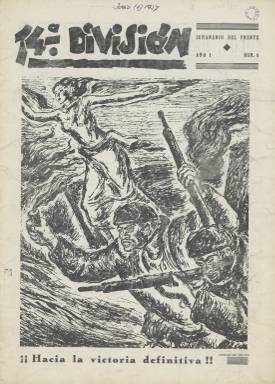
Título: 14ª División
Otros títulos: Decimocuarta División || 14 División
Colección: Guerra civil
Ámbito geográfico: Madrid
Lugar de publicación: Madrid
Fechas: 01/01/1937-31/12/1937

Esta publicación de guerra llevaba por subtítulo el de Semanario del frente y comenzó a publicarse en abril de 1937, cuando ya transcurrían nueve meses desde el estallido de la Guerra Civil. Es el periódico portavoz de una nueva división del Ejército Popular de la República fruto de una reestructuración, aunque sus componentes ya eran combatientes curtidos.

 El jefe de la 14ª División era Cipriano Mera, albañil anarcosindicalista que había mandado una columna desde el inicio de la guerra que se trasformaría luego en la 14ª División. Esta unidad militar participaría en la defensa de Madrid y en la batalla de Guadalajara, entre otras acciones. Al finalizar la contienda Mera se enfrentó a los comunistas antes de la entrada en Madrid de las tropas de Franco.

   En la publicación hay constantes llamadas a la unidad de todos frente al enemigo fascista por parte de los comisarios del Partido Comunista, conscientes de que el jefe de la División era de ideología anarquista. En el número 8 se puede leer un poema dedicado a Cipriano Mera debajo de una alocución del comisario político.

   La Biblioteca Nacional posee de esta publicación el citado número 8 y los números 21 y 26, que se editaron ya en 1938. La periodicidad era irregular y las entregas no llegaban a las 20 páginas. Se supone que dejó de editarse a finales de ese año o principios del siguiente, cuando ya la guerra estaba decidida en favor de las tropas nacionales.

   Como es natural en estas publicaciones de unidades militares durante la guerra su contenido se centraba en artículos para reforzar la moral de combate, otros de adiestramiento con las armas, reportajes didácticos destinados a la educación de los soldados e informaciones sobre el transcurso de la guerra, incluyendo noticias de alcance internacional.

   Más que las fotografías, la nota más destacada desde el punto de vista gráfico de esta publicación son las ilustraciones, realizadas por algunos pintores e ilustradores de renombre como Arturo Souto y Horacio Ferrer. Una pintura de este último, titulada ‘Madrid 1937 (Aviones negros)’ fue expuesta en el Pabellón de la República Española de la Exposición Internacional de París de ese año. En la actualidad se encuentra en el Museo Nacional Centro de Arte Reina Sofía.

   Varios dibujos de temática militar de Horacio Ferrer pueden verse en los números de esta publicación que posee la BNE.

[Descripción publicada el 13/03/2023]